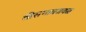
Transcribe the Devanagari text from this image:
तीसगावजवळ